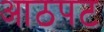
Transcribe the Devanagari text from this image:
आठपट